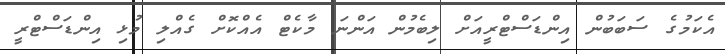
އެކަމުގެ ސަބަބުން އިންޑަސްޓްރީއަށް ލިބެމުން އަންނަ މާކެޓް އެއްކޮށް ގެއްލި މުޅި އިންޑަސްޓްރީ